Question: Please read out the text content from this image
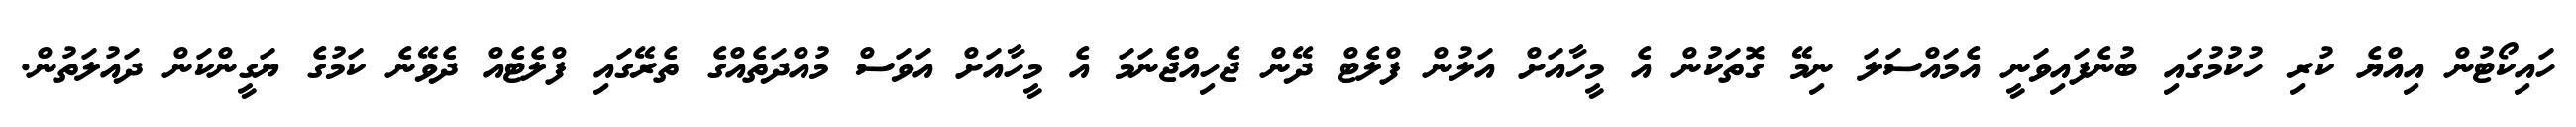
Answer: ހައިކޯޓުން އިއްޔެ ކުރި ހުކުމުގައި ބުނެފައިވަނީ އެމައްސަލަ ނިމޭ ގޮތަކުން އެ މީހާއަށް އަލުން ފްލެޓް ދޭން ޖެހިއްޖެނަމަ އެ މީހާއަށް އަވަސް މުއްދަތެއްގެ ތެރޭގައި ފްލެޓެއް ދެވޭނެ ކަމުގެ ޔަގީންކަން ދައުލަތުން.